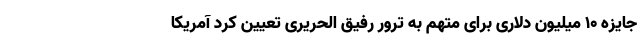
جایزه ۱۰ میلیون دلاری برای متهم به ترور رفیق الحریری تعیین کرد آمریکا